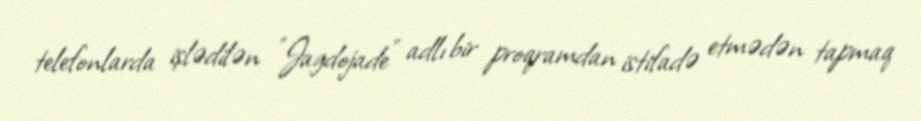
telefonlarda işlədilən "Jagdojade" adlı bir proqramdan istifadə etmədən tapmaq